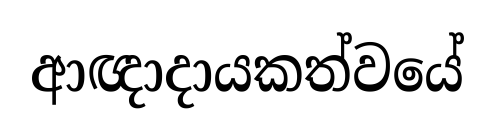
ආඥාදායකත්වයේ